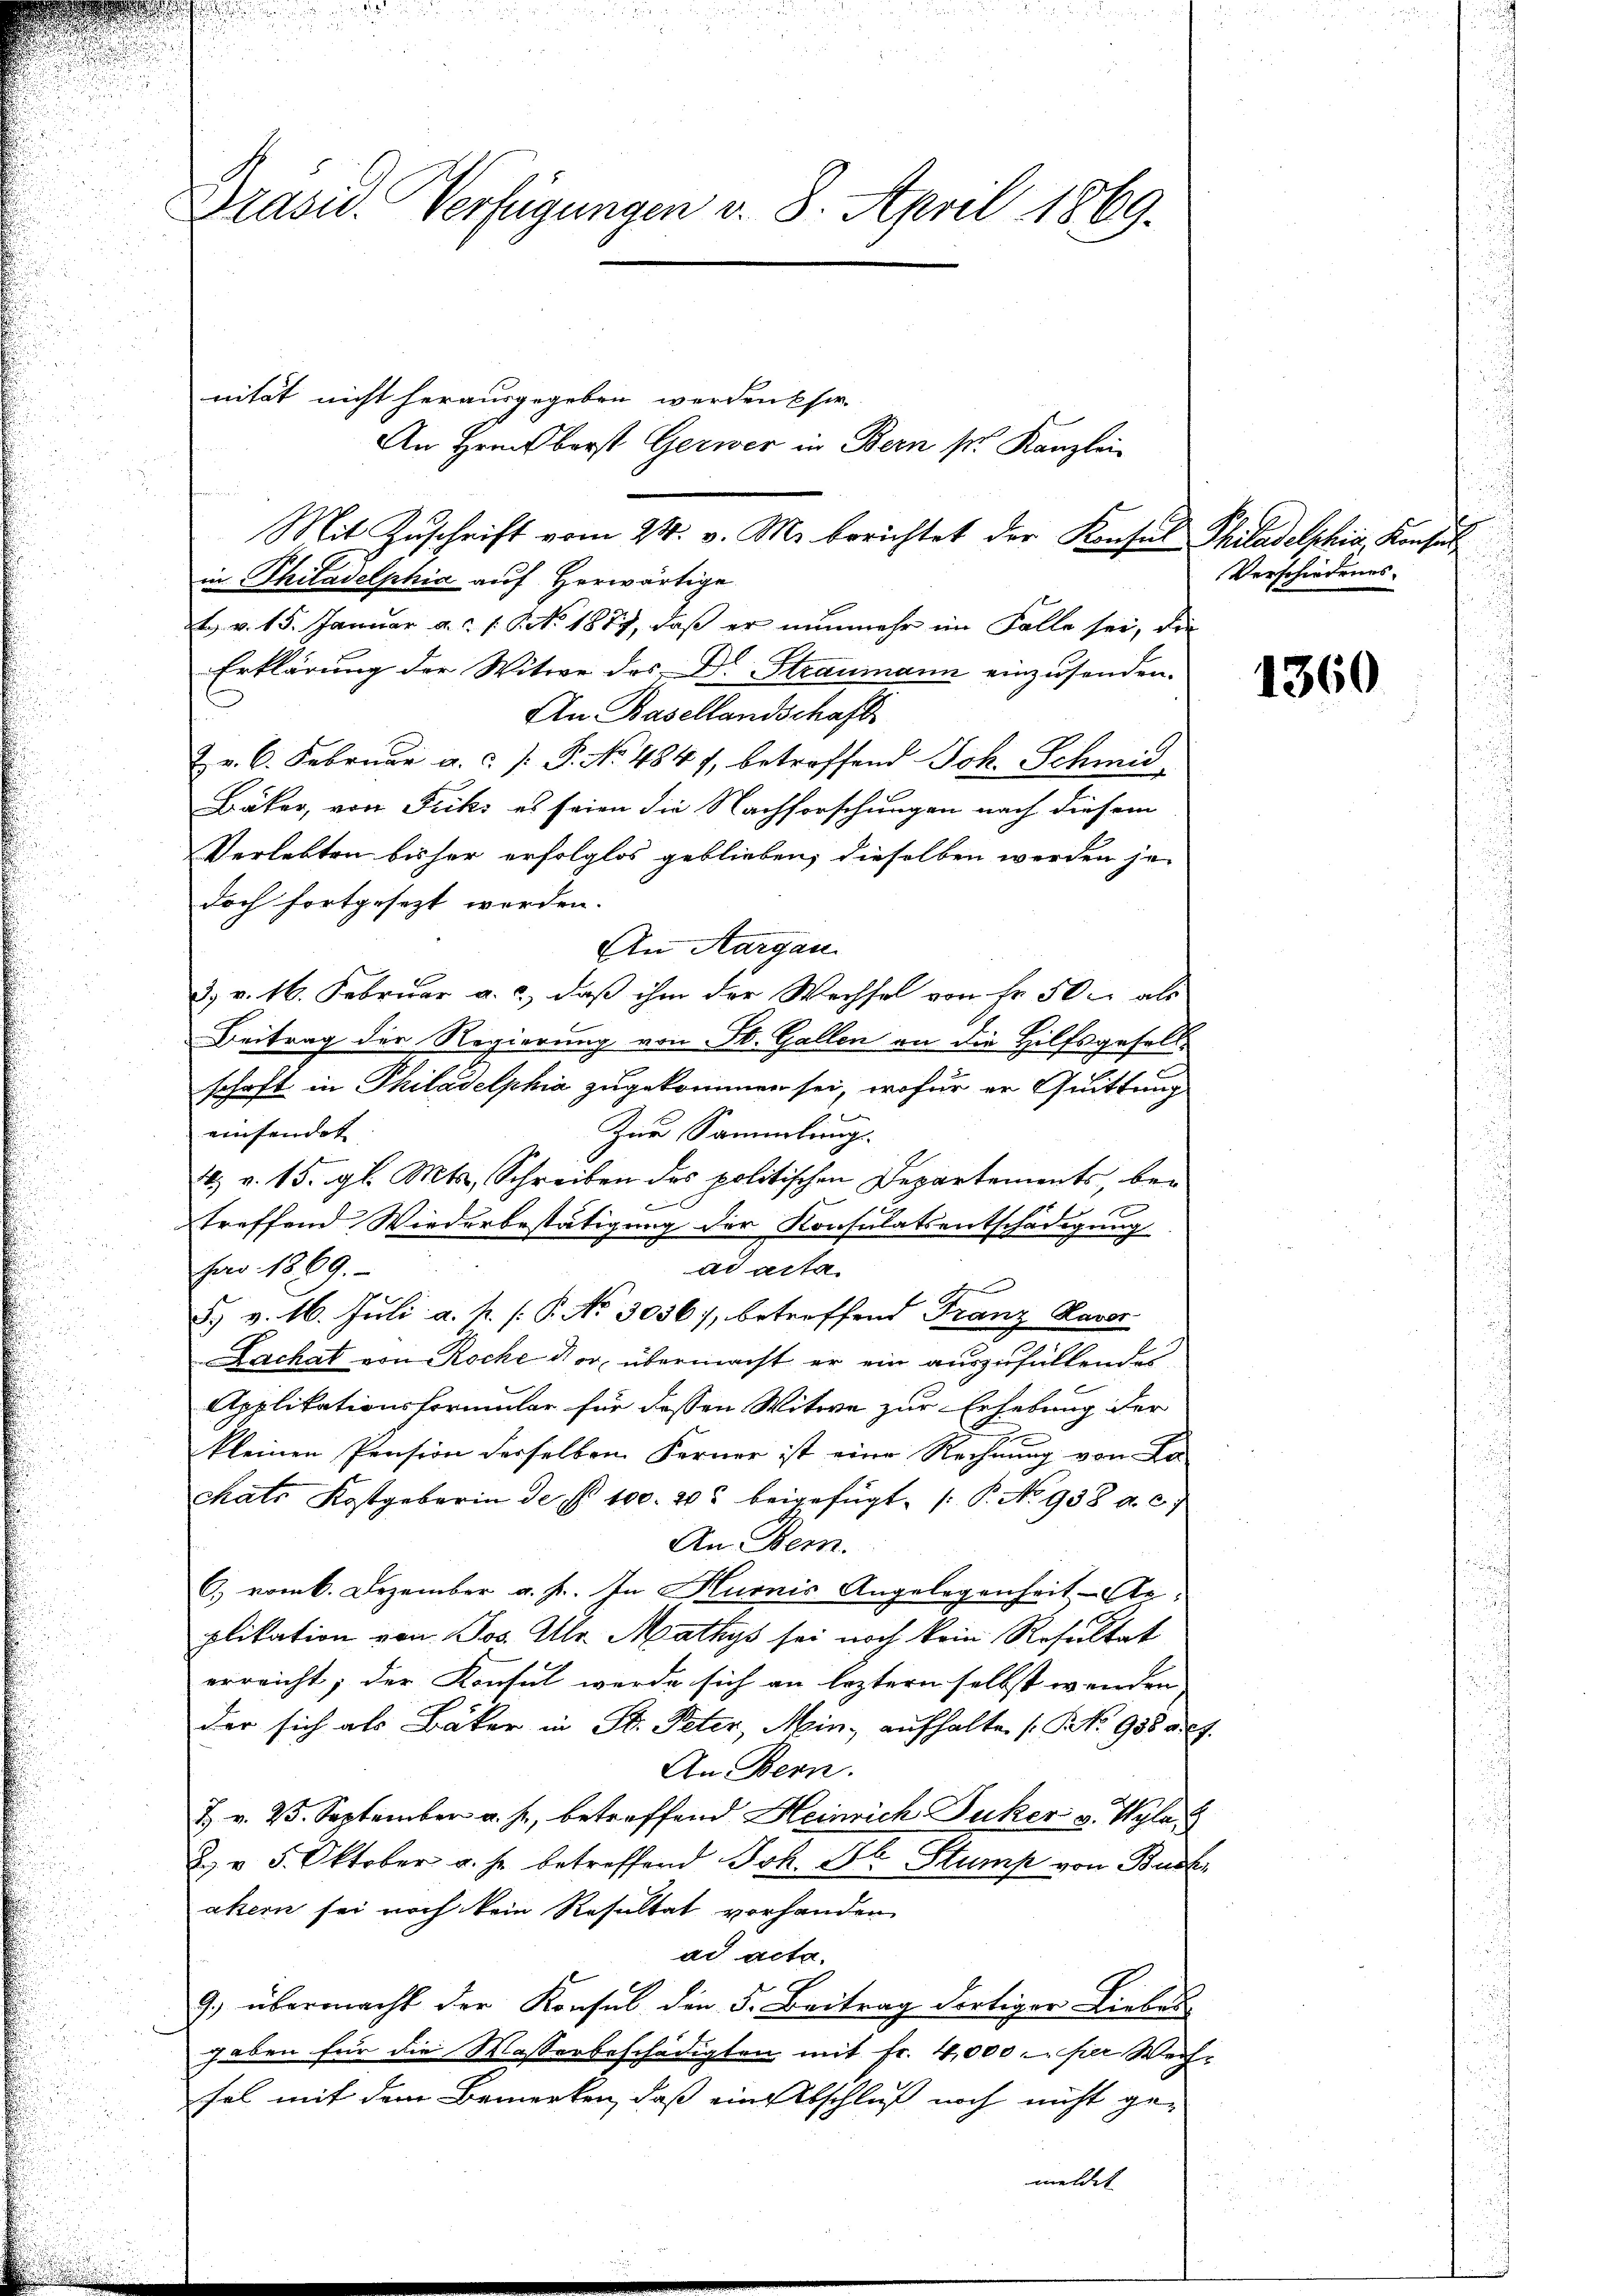
Präsid. Verfügungen v. 8. April 1869.

nität nicht herausgegeben werden Chir
Mit Zuschrift vom 24. v. M. berichtet der Konsul Philadelphia Konsul¬

in Philadelphia auf herwärtige
t. v. 15. Januar a. 1. No 1877, daß er nunmehr im Falle sei, die
Erklärung der Witwe des Dr. Straumann einzusenden.
An Basellandschaft
Hr. C. Februar a. P. No 4847, betreffend Joh. Schmid
Bäker, von Friks es seien die Nachforschungen nach diesem
Verlebten bisher erfolglos geblieben, dieselben werden je-
doch fortgesezt werden. |
An Aargau
d. v. 16. Februar a. c., daß ihm der Wechsel von Fr. 50c als
Beitrag der Regierung von St. Gallen an die Hilfsgesellschaft in Philadelphia zugekommen sei, wofür er Quittung
einsendet
Zur Sammlungs-
4. v. 15. gl. Mts., Schreiben des politischen Departements, bet
treffend Wiederbestätigung der Konsulatsentschädigung
pro 1869.
ad acta
 xx
.
d. v. 16. Juli a. p. P. No 3036), betroffend Franz Kavor
Lachat von Roche der übermacht er ein auszufüllendes
Applikationsformular für dessen Witwe zur Erhebung der
kleinen Pension derselben Ferner ist eine Rechnung von Lockats Kostgebarin der S. 100. 202 beigefügt. P. No 938 a. c.
An Bern.
C. vom 6. Dezember a. f. In Kurnis Angelegenheit - Arplikation von Jos. Ulr. Mathys sei noch kein Resultat
erreicht; der Konsul werde sich an leztern selbst wenden |
der sich als Bäker in St. Peter, Min. aufhalte [No 958 a. c.
An Bern.
Z. v. 25. September a. f., betreffend Heinrich Juker v. Wyla.
2. v. 5. Oktober v. h. betreffend Joh. St. Stump von Buch
akern sei noch kein Resultat vorhanden
ad acta.
9.) übermacht der Konsul den 5. Beitrag dortiger Liebes
haben für die Wasserbeschädigten mit fr. 4,000 per Wechfal mit dem Bemerken, daß ein Abschluß noch nicht gemeldet |

An Hrnn berst Gerwer in Bern s. Kanzlei-

Verschiedenes.

1360